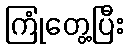
ကြုံတွေ့ပြီး